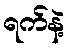
ရက်နဲ့